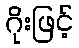
ဂိုးဖြင့်